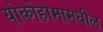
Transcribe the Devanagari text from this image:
योकोहामामधील